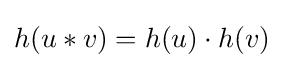
h(u*v)=h(u)\cdot h(v)